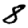
Digit: 8